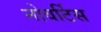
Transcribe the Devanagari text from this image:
नोवर्टिस